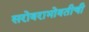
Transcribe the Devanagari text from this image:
सरोवराभोवतीची